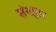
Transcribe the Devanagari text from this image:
संगहार